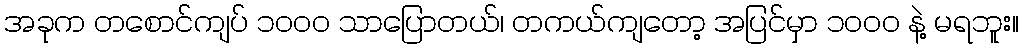
အခုက တစောင်ကျပ် ၁၀၀၀ သာပြောတယ်၊ တကယ်ကျတော့ အပြင်မှာ ၁၀၀၀ နဲ့ မရဘူး။